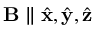
\mathbf { B } \parallel \hat { \mathbf { x } } , \hat { \mathbf { y } } , \hat { \mathbf { z } }